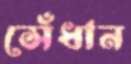
সেঁধান